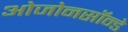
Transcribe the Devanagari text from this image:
ओजोनसॉन्‍डे